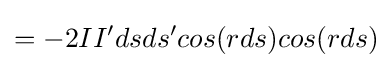
=-2II'dsds'cos(rds)cos(rds)